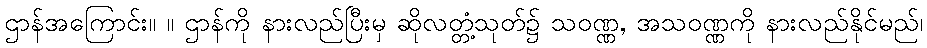
ဌာန်အကြောင်း။ ။ ဌာန်ကို နားလည်ပြီးမှ ဆိုလတ္တံ့သုတ်၌ သဝဏ္ဏ, အသဝဏ္ဏကို နားလည်နိုင်မည်၊